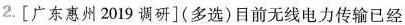
2. [广东惠州 2019 调研 (多选) 目前无线电力传输已经